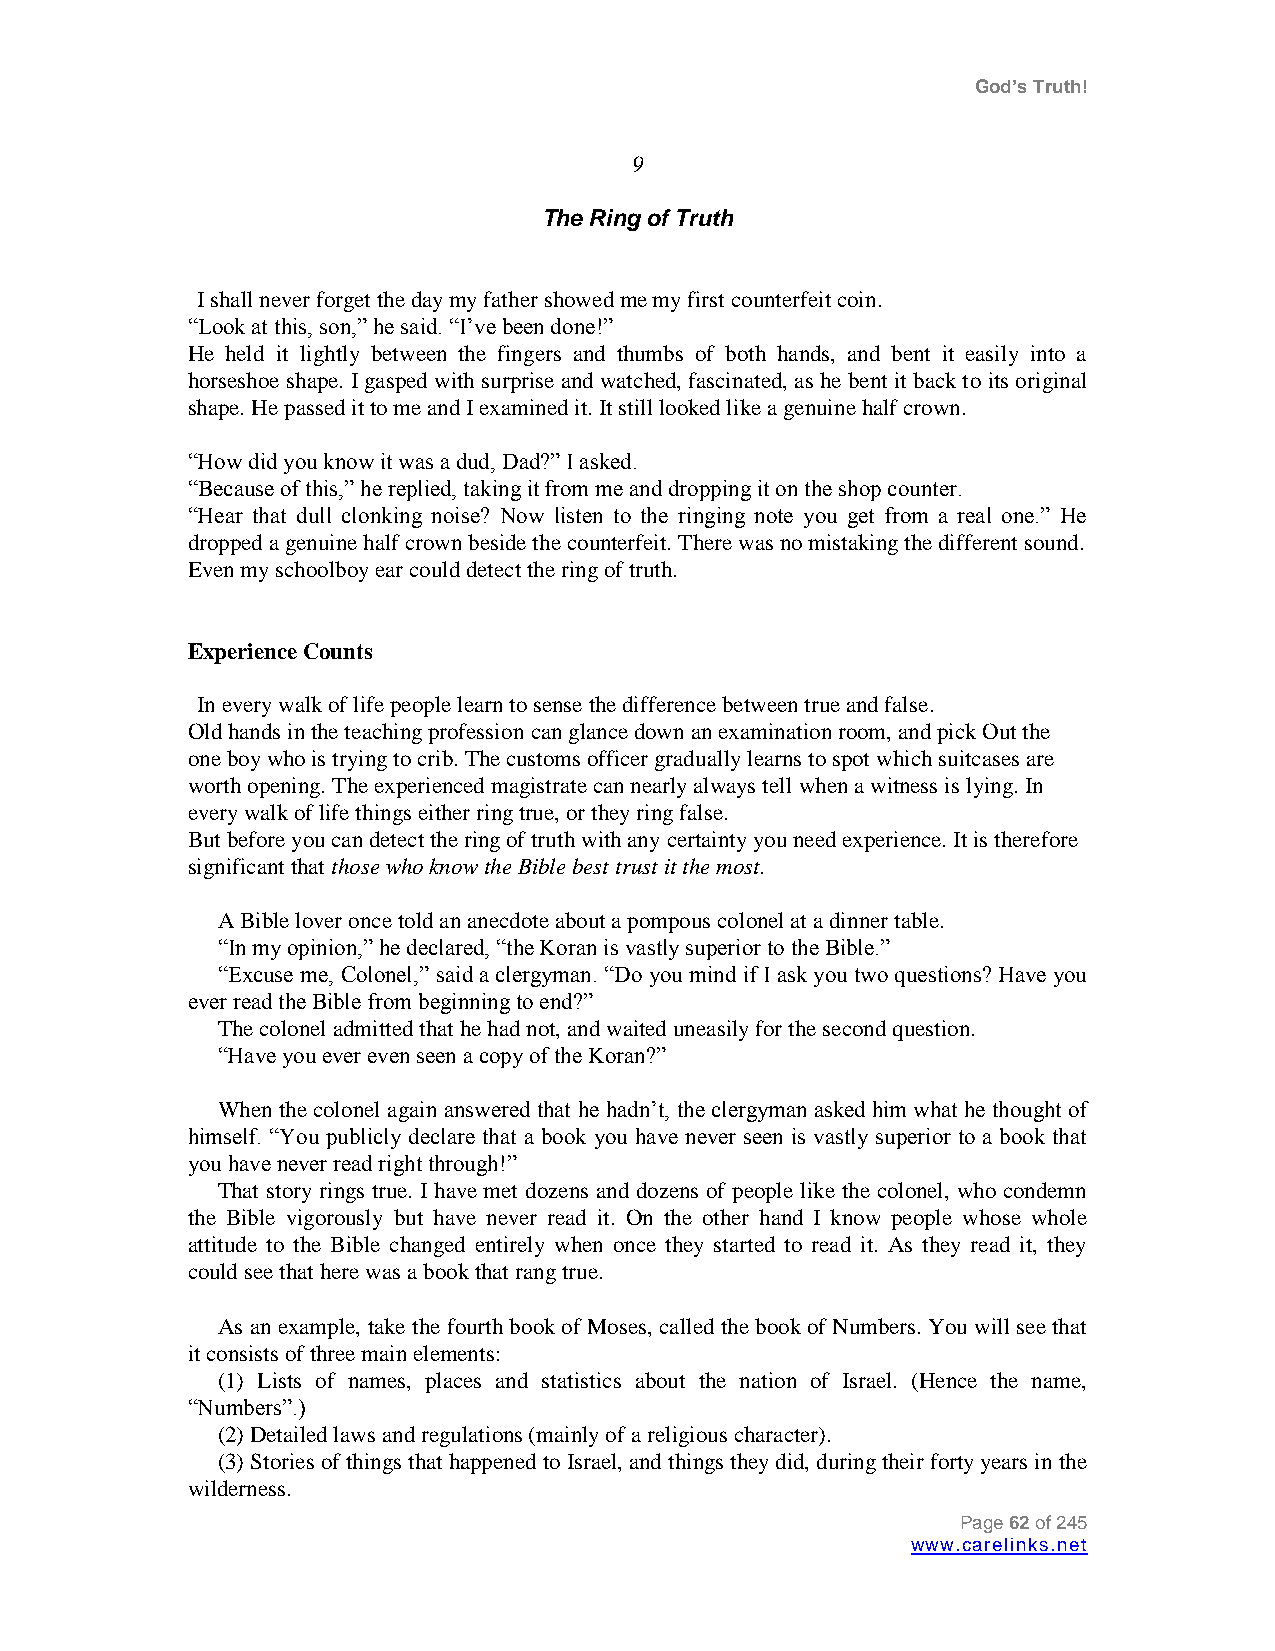
God’s Truth!
 9
 The Ring of Truth
 I shall never forget the day my father showed me my first counterfeit coin.
 “Look at this, son,” he said. “I‟ve been done!”
 He held it lightly between the fingers and thumbs of both hands, and bent it easily into a
 horseshoe shape. I gasped with surprise and watched, fascinated, as he bent it back to its original
 shape. He passed it to me and I examined it. It still looked like a genuine half crown.
 “How did you know it was a dud, Dad?” I asked.
 “Because of this,” he replied, taking it from me and dropping it on the shop counter.
 “Hear that dull clonking noise? Now listen to the ringing note you get from a real one.” He
 dropped a genuine half crown beside the counterfeit. There was no mistaking the different sound.
 Even my schoolboy ear could detect the ring of truth.
 Experience Counts
 In every walk of life people learn to sense the difference between true and false.
 Old hands in the teaching profession can glance down an examination room, and pick Out the
 one boy who is trying to crib. The customs officer gradually learns to spot which suitcases are
 worth opening. The experienced magistrate can nearly always tell when a witness is lying. In
 every walk of life things either ring true, or they ring false.
 But before you can detect the ring of truth with any certainty you need experience. It is therefore
 significant that those who know the Bible best trust it the most.
 A Bible lover once told an anecdote about a pompous colonel at a dinner table.
 “In my opinion,” he declared, “the Koran is vastly superior to the Bible.”
 “Excuse me, Colonel,” said a clergyman. “Do you mind if I ask you two questions? Have you
 ever read the Bible from beginning to end?”
 The colonel admitted that he had not, and waited uneasily for the second question.
 “Have you ever even seen a copy of the Koran?”
 When the colonel again answered that he hadn‟t, the clergyman asked him what he thought of
 himself. “You publicly declare that a book you have never seen is vastly superior to a book that
 you have never read right through!”
 That story rings true. I have met dozens and dozens of people like the colonel, who condemn
 the Bible vigorously but have never read it. On the other hand I know people whose whole
 attitude to the Bible changed entirely when once they started to read it. As they read it, they
 could see that here was a book that rang true.
 As an example, take the fourth book of Moses, called the book of Numbers. You will see that
 it consists of three main elements:
 (1) Lists of names, places and statistics about the nation of Israel. (Hence the name,
 “Numbers”.)
 (2) Detailed laws and regulations (mainly of a religious character).
 (3) Stories of things that happened to Israel, and things they did, during their forty years in the
 wilderness.
 Page 62 of 245
 www.carelinks.net